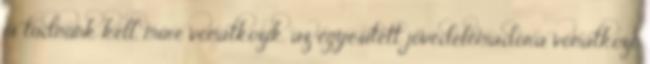
is tudnunk kell, mire vonatkozik, az egyesített jövedelemadóra vonatkozó